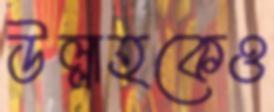
উল্লাহকেও